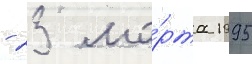
- 23 ма́рта 1995